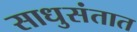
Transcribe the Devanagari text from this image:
साधुसंतात